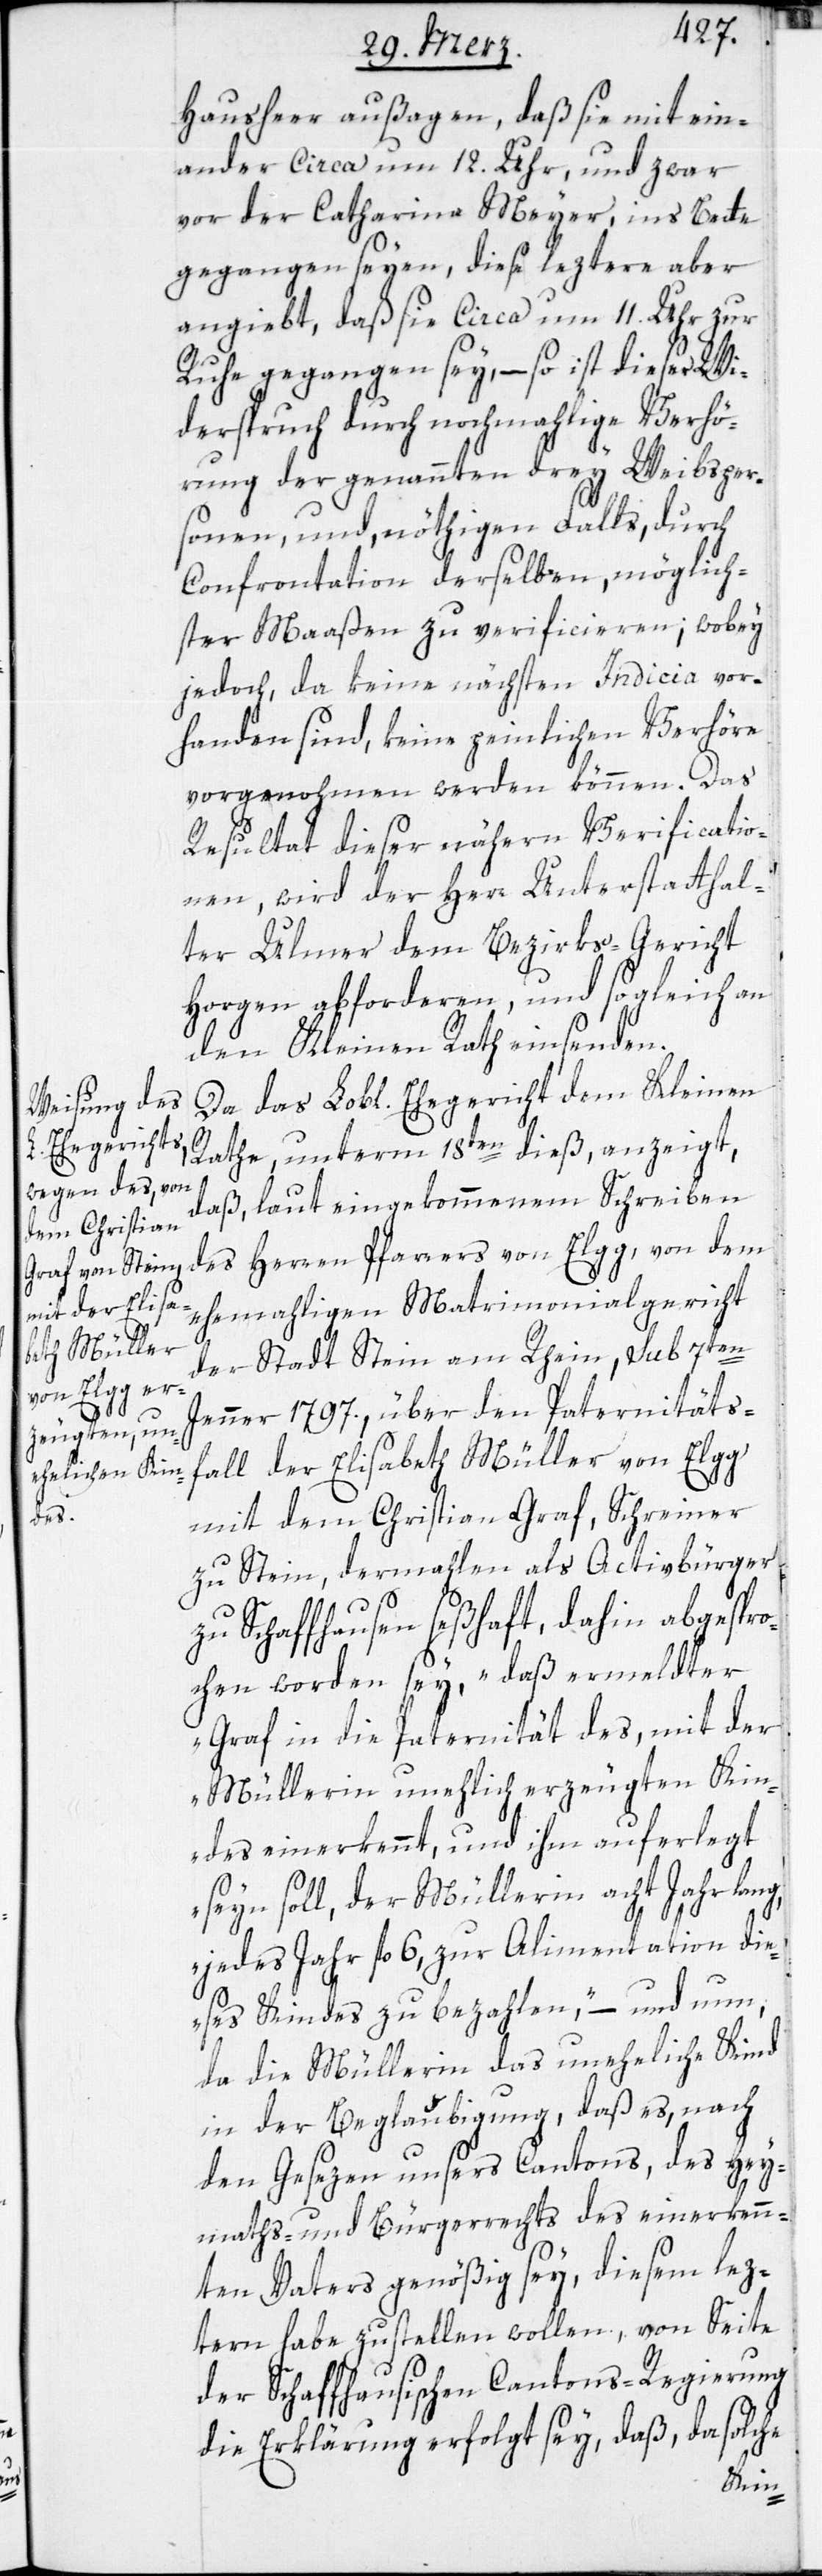
Hausheer außagen, daß sie mit ein¬
ander circa um 12. Uhr, und zwar
vor der Catharina Meyer, ins Bette
gegangen seyen, diese leztere aber
angiebt, daß sie circa um 11. Uhr zur
Ruhe gegangen sey, – so ist dieser Wi¬
derspruch durch nochmahlige Verhö¬
rung der genannten drey Weibsper¬
sonen, und, nöthigen Falls, durch
Confrontation derselben, möglich¬
ster Maaßen zu verificieren; wobey
jedoch, da keine nächsten Indicia vor¬
handen sind, keine peinlichen Verhöre
vorgenohmen werden können. Das
Resultat dieser nähern Verificatio¬
nen, wird der Herr Unterstatthal¬
ter Ulmer dem Bezirks-Gericht
Horgen abforderen, und sogleich an
den Kleinen Rath einsenden.
Da das Lobl. Ehegericht dem Kleinen
Rathe, unterm 18ten dieß, anzeigt,
daß, laut eingekommenem Schreiben
des Herren Pfarrers von Elgg, von dem
ehemahligen Matrimonialgericht
der Stadt Stein am Rhein, sub 7ten
Jenner 1797., über den Paternitäts¬
fall der Elisabeth Müller von Elgg
mit dem Christian Graf, Schreiner
zu Stein, dermahlen als Activbürger
zu Schaffhausen seßhaft, dahin abgespro¬
chen worden sey, „daß ermeldter
Graf in die Paternität des, mit der
Müllerin unehelich erzeugten Kin¬
des einerkennt, und ihm auferlegt
seyn soll, der Müllerin acht Jahr lang,
jedes Jahr fl. 6, zur Alimentation die¬
ses Kindes zu bezahlen“, – und nun,
da die Müllerin das uneheliche Kind
in der Beglaubigung, daß es, nach
den Gesezen unsers Cantons, des Hey¬
maths- und Bürgerrechts des einerkenn¬
ten Vaters genößig sey, diesem lez¬
teren habe zustellen wollen, von Seite
der Schaffhausischen Cantons-Regierung
die Erklärung erfolgt sey, daß, da solche